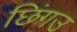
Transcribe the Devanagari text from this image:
छिंगउ